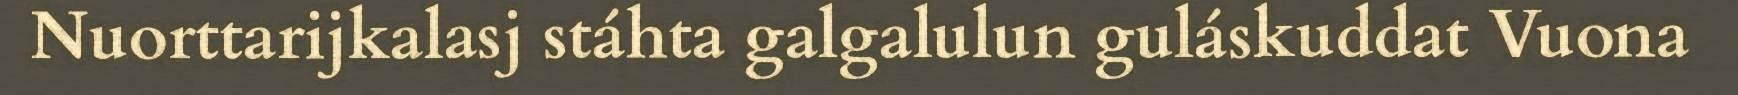
Nuorttarijkalasj stáhta galgalulun guláskuddat Vuona